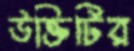
উক্তিটির